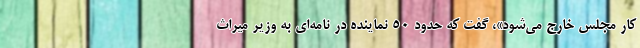
کار مجلس خارج می‌شود»، گفت که حدود 50 نماینده در نامه‌ای به وزیر میراث